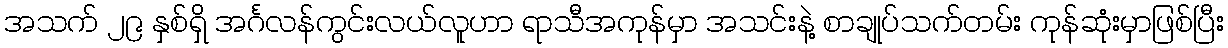
အသက် ၂၉ နှစ်ရှိ အင်္ဂလန်ကွင်းလယ်လူဟာ ရာသီအကုန်မှာ အသင်းနဲ့ စာချုပ်သက်တမ်း ကုန်ဆုံးမှာဖြစ်ပြီး